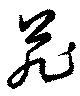
苑